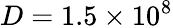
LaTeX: D=1.5\times 10^{8}